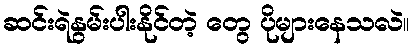
ဆင်းရဲနွမ်းပါးနိုင်တဲ့ တွေ ပိုများနေသလဲ။